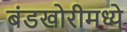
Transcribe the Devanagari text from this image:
बंडखोरीमध्ये